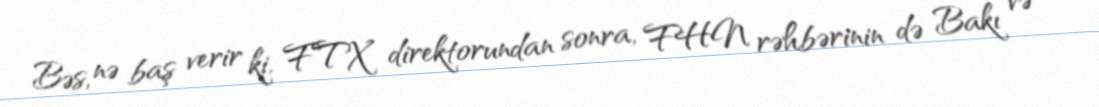
Bəs, nə baş verir ki, FTX direktorundan sonra, FHN rəhbərinin də Bakı və